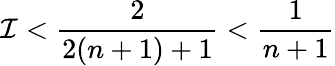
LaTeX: \mathcal{I}<\frac{2}{2(n+1)+1}<\frac{1}{n+1}